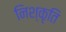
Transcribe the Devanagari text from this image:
निश्कृति